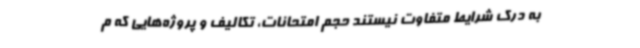
به درک شرایط متفاوت نیستند حجم امتحانات، تکالیف و پروژه‌هایی که م